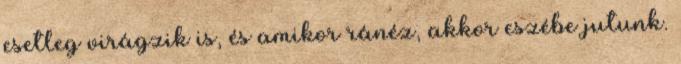
esetleg virágzik is, és amikor ránéz, akkor eszébe jutunk.